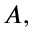
A ,